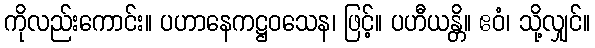
ကိုလည်းကောင်း။ ပဟာနေကဋ္ဌဝသေန၊ ဖြင့်။ ပဟီယန္တိ။ ဧဝံ၊ သို့လျှင်။